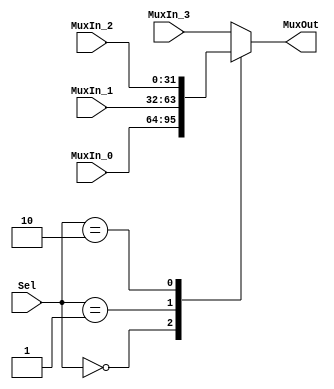
`timescale 1ns/1ps

module Mux_4(MuxIn_0,MuxIn_1,MuxIn_2,MuxIn_3,Sel,MuxOut);

   parameter NrOfBits = 32;

   input[NrOfBits-1:0]  MuxIn_0;
   input[NrOfBits-1:0]  MuxIn_1;
   input[NrOfBits-1:0]  MuxIn_2;
   input[NrOfBits-1:0]  MuxIn_3;
   input[1:0]  Sel;
   output[NrOfBits-1:0] MuxOut;

   reg[NrOfBits-1:0] s_selected_vector;

   assign MuxOut = s_selected_vector;

   always @(*)
   begin
      case (Sel)
         2'b00:
            s_selected_vector <= MuxIn_0;
         2'b01:
            s_selected_vector <= MuxIn_1;
         2'b10:
            s_selected_vector <= MuxIn_2;
         default:
            s_selected_vector <= MuxIn_3;
      endcase
   end

endmodule